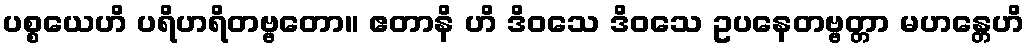
ပစ္စယေဟိ ပရိဟရိတဗ္ဗတော။ ဧတာနိ ဟိ ဒိဝသေ ဒိဝသေ ဥပနေတဗ္ဗတ္တာ မဟန္တေဟိ